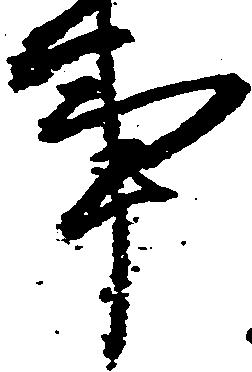
事